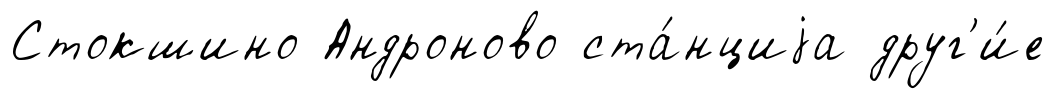
Стокшино Андроново ста́нциjа друг'и́е